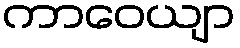
ကာဝေယျာ